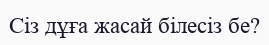
Сіз дұға жасай білесіз бе?